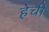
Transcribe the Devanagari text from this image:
हेची